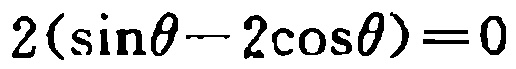
$2(\sin\theta - 2\cos\theta)=0$